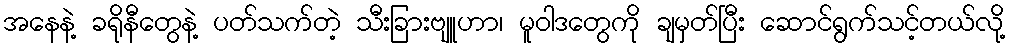
အနေနဲ့ ခရိုနီတွေနဲ့ ပတ်သက်တဲ့ သီးခြားဗျူဟာ၊ မူဝါဒတွေကို ချမှတ်ပြီး ဆောင်ရွက်သင့်တယ်လို့